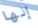
إنها